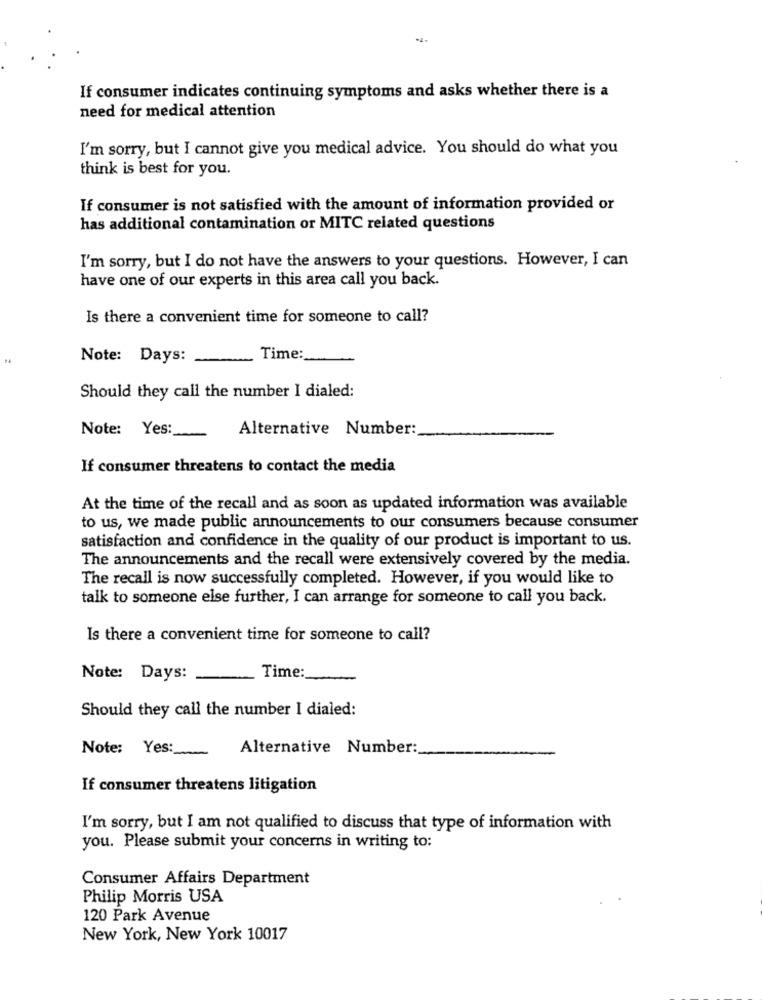
If consumer indicates continuing symptoms and asks whether there is a
need for medical attention
I'm sorry, but I cannot give you medical advice. You should do what you
think is best for you.
If consumer is not satisfied with the amount of information provided or
has additional contamination or MITC related questions
I'm sorry, but I do not have the answers to your questions. However, I can
have one of our experts in this area call you back.
Is there a convenient time for someone to call?
Note: Days:
Time:
Should they call the number I dialed:
Note: Yes:
Alternative Number:
If consumer threatens to contact the media
At the time of the recall and as soon as updated information was available
to us, we made public announcements to our consumers because consumer
satisfaction and confidence in the quality of our product is important to us.
The announcements and the recall were extensively covered by the media.
The recall is now successfully completed. However, if you would like to
talk to someone else further, I can arrange for someone to call you back.
Is there a convenient time for someone to call?
Time:
Note: Days:
Should they call the number I dialed:
Note: Yes:
Alternative Number:
If consumer threatens litigation
I'm sorry, but I am not qualified to discuss that type of information with
you. Please submit your concerns in writing to:
Consumer Affairs Department
Philip Morris USA
120 Park Avenue
New York, New York 10017